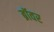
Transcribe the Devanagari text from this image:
ब्रॉवर